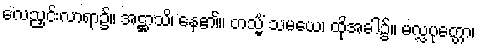
လေညှင်းလာရာ၌။ အဋ္ဌာသိ၊ နေ၏။ တသ္မိံ သမယေ၊ ထိုအခါ၌။ မလ္လပုတ္တော၊